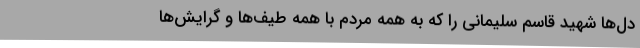
دل‌ها شهید قاسم سلیمانی را که به همه مردم با همه طیف‌ها و گرایش‌ها